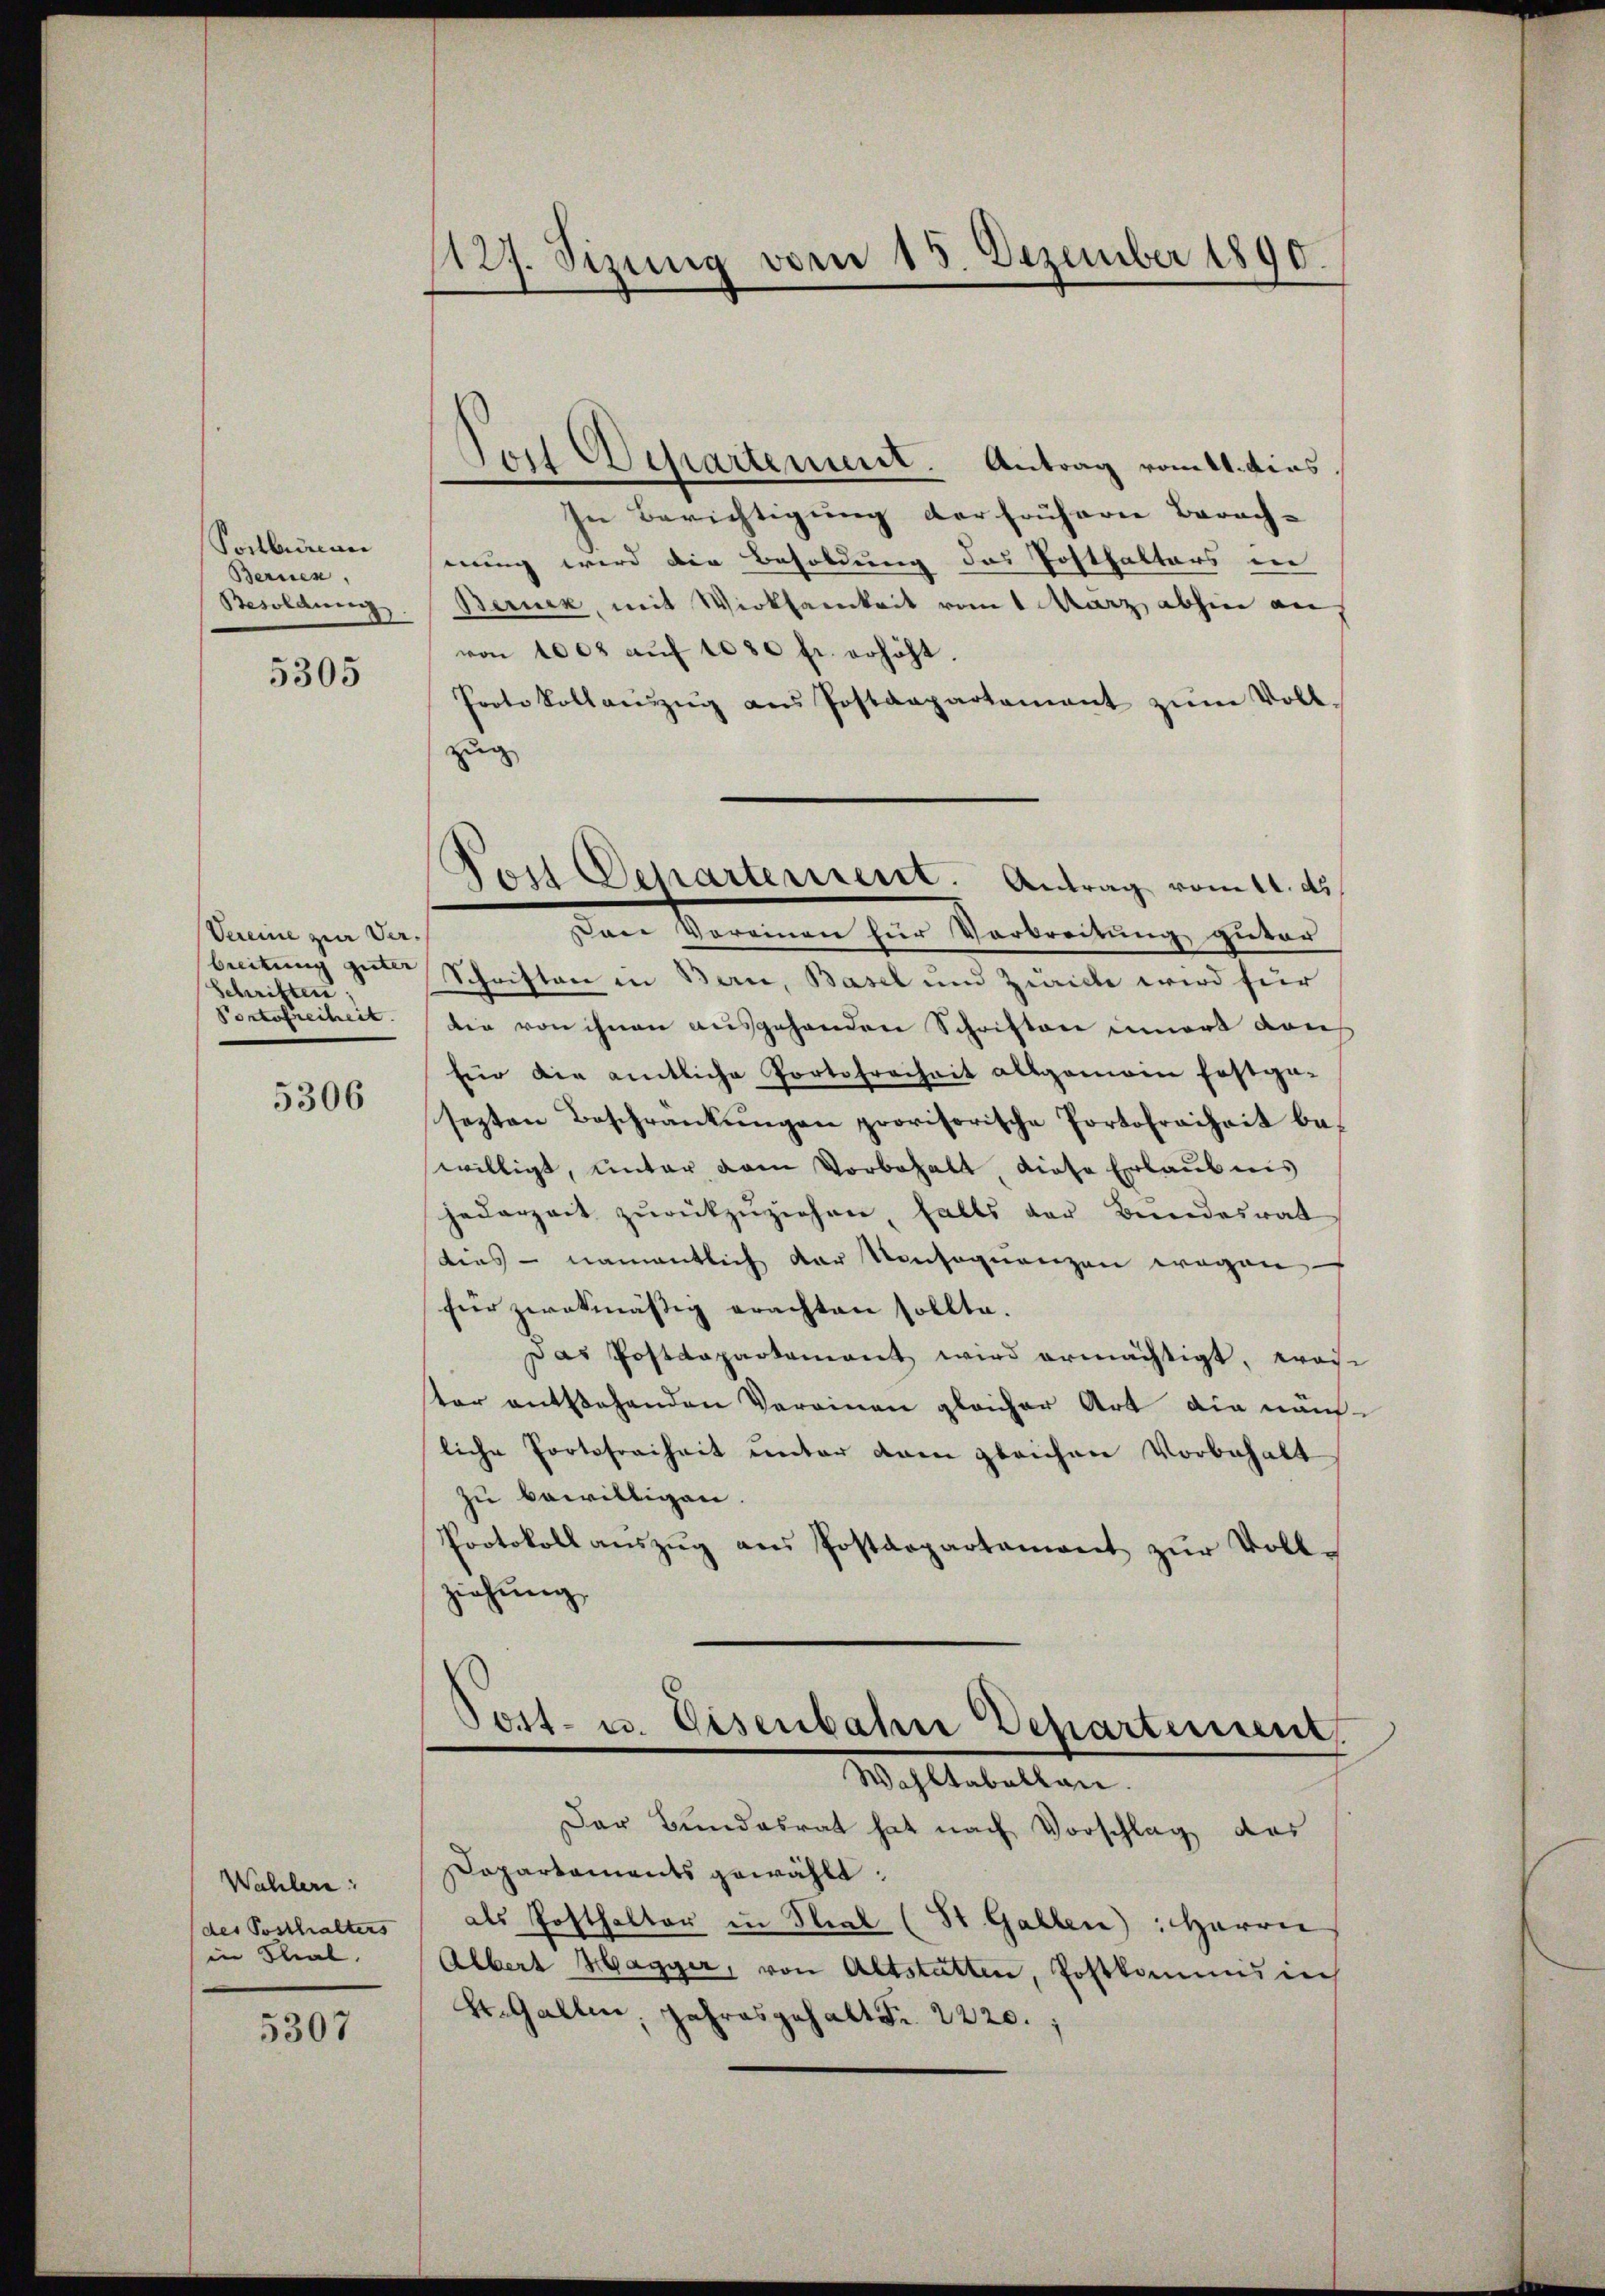
Postbureau
Bernen,
Besoldung.

5305

Vereine zur Verbreitung guter
Schriften;
Portofreiheit.

5306

Wahler:
des Posthalters
in Flial.

5307

127. Sizung vom 15. Dezember 1890.

Jost Departement. Antrag vom 11. dies
In Berichtigung der frühern Berach-
nung wird die Besoldung des Posthalters in
Beruck, mit Wirksamkeit vom 1 März abhin auf
von 100 aŭf 1080 fr. erhöht.
Protokollanzŭg aŭs Postenpartament zŭm Voll-
zug
son Voreinen für Verbreitung guter
Schriften in Bern, Basel und Zwicke wird für
die von ihnen ausgehenden Schriften innert von
für die amtliche Portofreiheit allgemein festga-
sezten Beschränkungen provisorische Portofreiheit bewilligt, unter dem Vorbehalt, diese Erlaubnis
jederzeit zŭrückzŭziehen, falls der Bŭndesrat
dies - namentlich der Konsequenzen wegen
für zwekmässig erachten sollte.
Das Postdepartament wird ermächtigt, was
ter entstehenden Vereinen gleicher Art die näch-
liche Portofreiheit unter dem gleichen Vorbehalt
zu bewilligen.
Protokoll aŭszŭg aŭs Postarpartament zŭr Voll-
ziehung

Post Departerient. Antrag vom 11. ds.

Pott- u. Disenbahne Departement
Wohltabellan.

Der Bundesrat hat nach Vorschlag des
Dapartaments gewählt:
als Posthalter in Stral (St. Gallen: Herrn
Albert Hagger, von Altstatten, Postkommis in
St. Gallen, Jahresgehalt Fr. 2220.